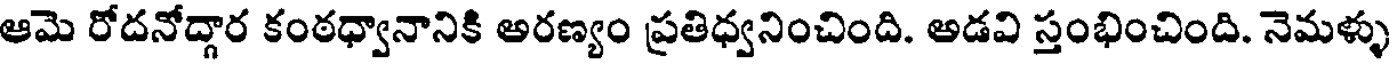
ఆమె రోదనోద్దార కంఠధ్వానానికి అరణ్యం ప్రతిధ్వనించింది. అడవి స్తంభించింది. నెమళ్ళు